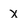
Character: x